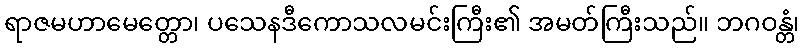
ရာဇမဟာမေတ္တော၊ ပသေနဒီကောသလမင်းကြီး၏ အမတ်ကြီးသည်။ ဘဂဝန္တံ၊